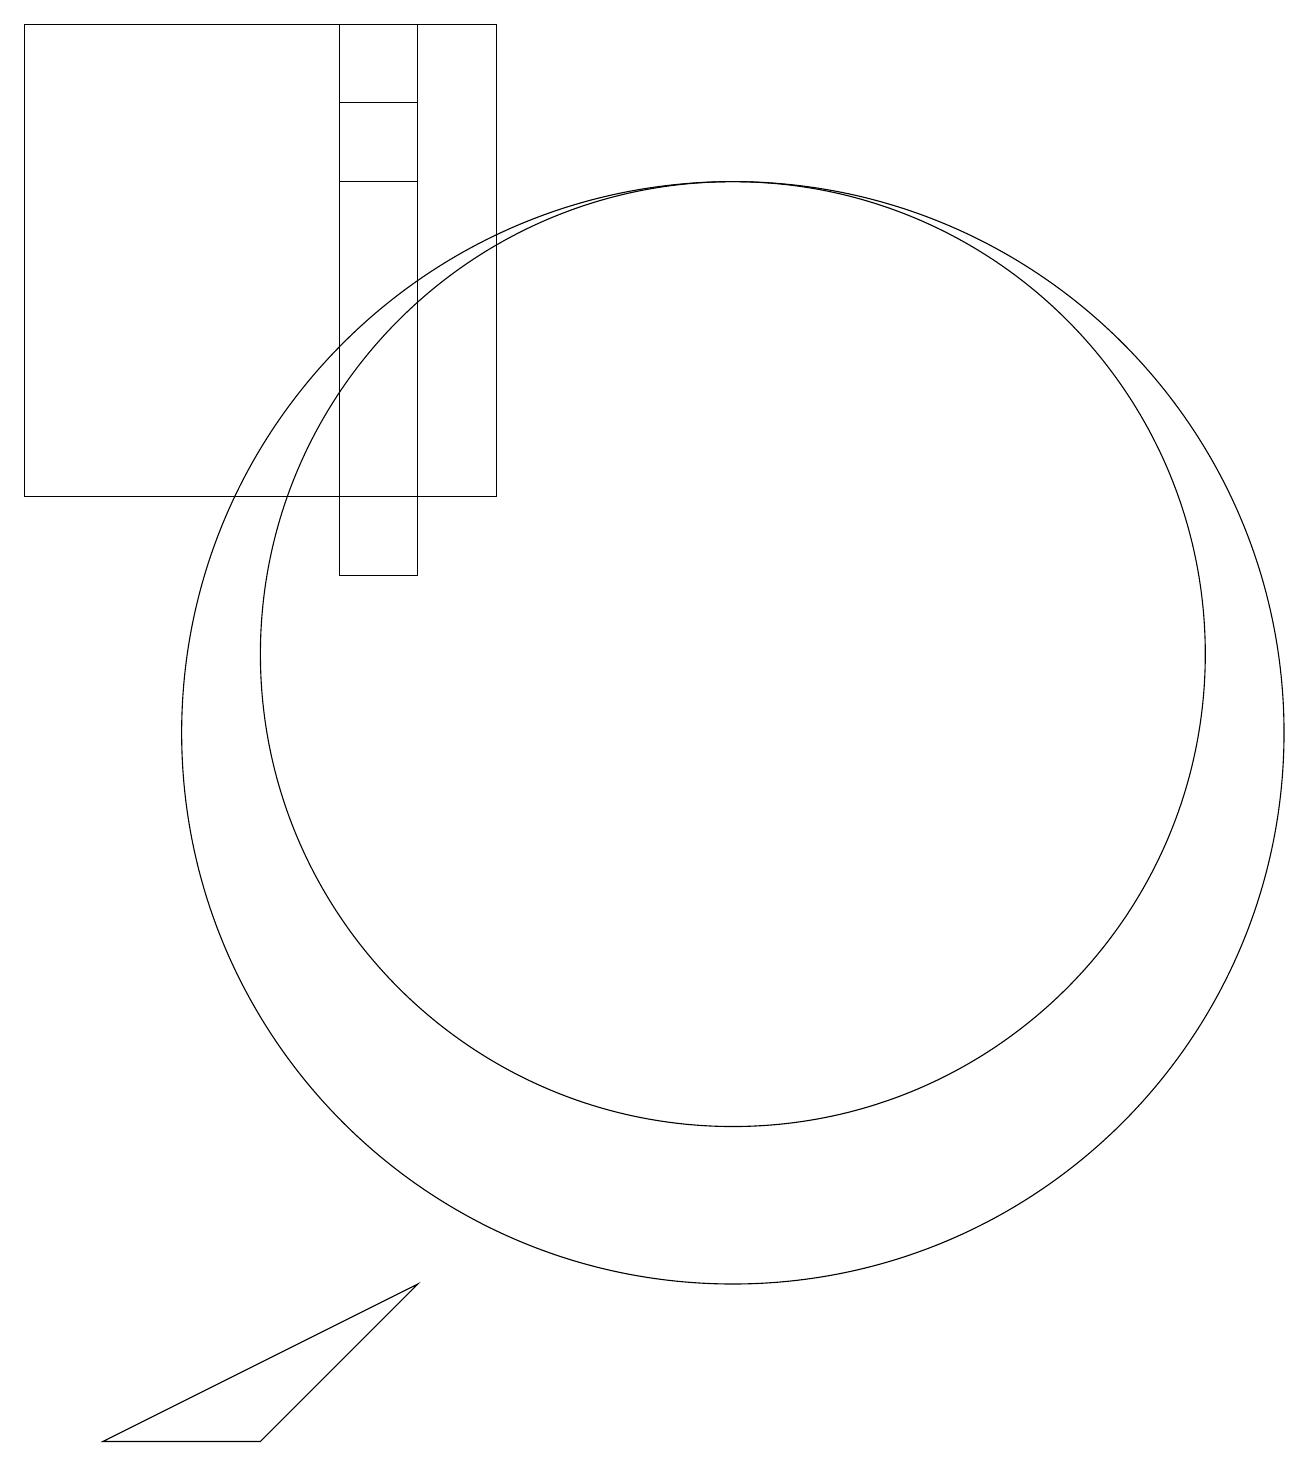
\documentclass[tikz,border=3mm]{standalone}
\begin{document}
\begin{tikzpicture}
\draw (2,13) rectangle (8,19);
\draw (3,1) -- (5,1) -- (7,3) -- cycle;
\draw (11,10) circle (7);
\draw (6,19) rectangle (7,17);
\draw (11,11) circle (6);
\draw (6,18) rectangle (7,12);
\draw (6,19) rectangle (7,18);
\draw (12,10) circle (0);
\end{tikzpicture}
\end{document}